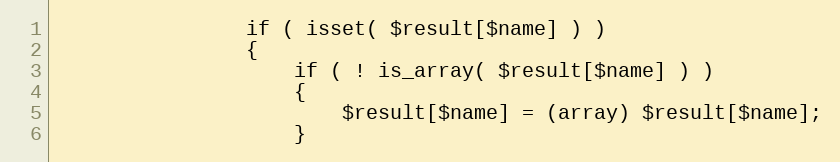
Language: PHP
                if ( isset( $result[$name] ) )
                {
                    if ( ! is_array( $result[$name] ) )
                    {
                        $result[$name] = (array) $result[$name];
                    }